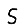
Digit: 5